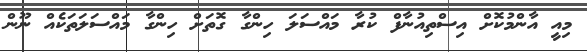
މިއީ އާންމުކޮށް އިސްތިއުނާފް ކުރާ މައްސަލަ ހިންގާ ގޮތަށް ހިންގާ މައްސަލަތަކެއް ނޫން